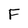
Character: F